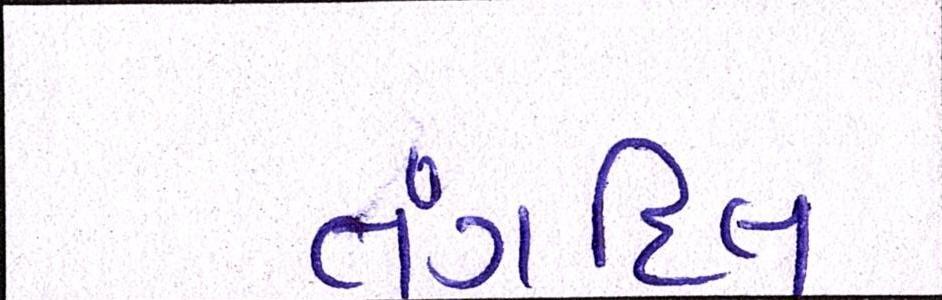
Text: તંગદિલી